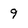
Character: 9